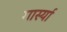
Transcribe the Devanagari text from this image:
गार्स्या